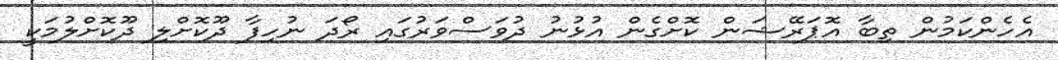
އެހެންކަމުން ތިބާ އޮޕަރޭޝަން ކޮށްގެން އުޅުނު ދުވަސްވަރުގައި ރޯދަ ނުހިފާ ދޫކޮށްލި ދޫކޮށްލުމަކީ